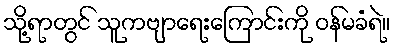
သို့ရာတွင် သူကဗျာရေးကြောင်းကို ဝန်မခံရဲ။